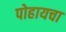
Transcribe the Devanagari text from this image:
पोहायचा